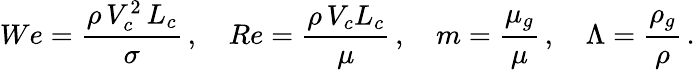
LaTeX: We=\frac{\rho\, V_{c}^{2}\, L_{c}}{\sigma}\, ,\quad Re=\frac{\rho\, V_{c}L_{c}}{\mu}\, ,\quad m=\frac{\mu_{g}}{\mu}\, ,\quad\Lambda=\frac{\rho_{g}}{\rho}\, .